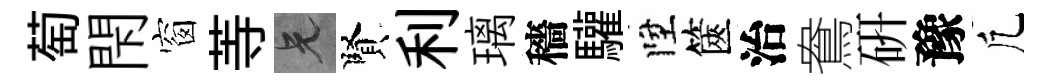
萄閇窗䓁兄賢利璃穡驩陞篋治鴦硏豫凢